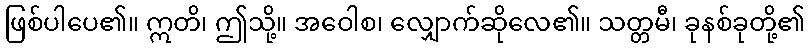
ဖြစ်ပါပေ၏။ ဣတိ၊ ဤသို့။ အဝေါစ၊ လျှောက်ဆိုလေ၏။ သတ္တမီ၊ ခုနစ်ခုတို့၏